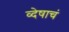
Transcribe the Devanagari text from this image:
व्देषाचं